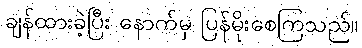
ချန်ထားခဲ့ပြီး နောက်မှ ပြန်မိုးစေကြသည်။